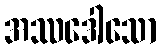
အဿဒေါသော